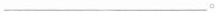
___。